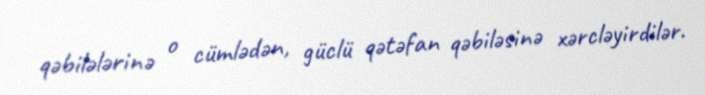
qəbilələrinə o cümlədən, güclü qətəfan qəbiləsinə xərcləyirdilər.